Vaccine operations Central Provinces 1868-1885 - 1868-1885
Year: 1868
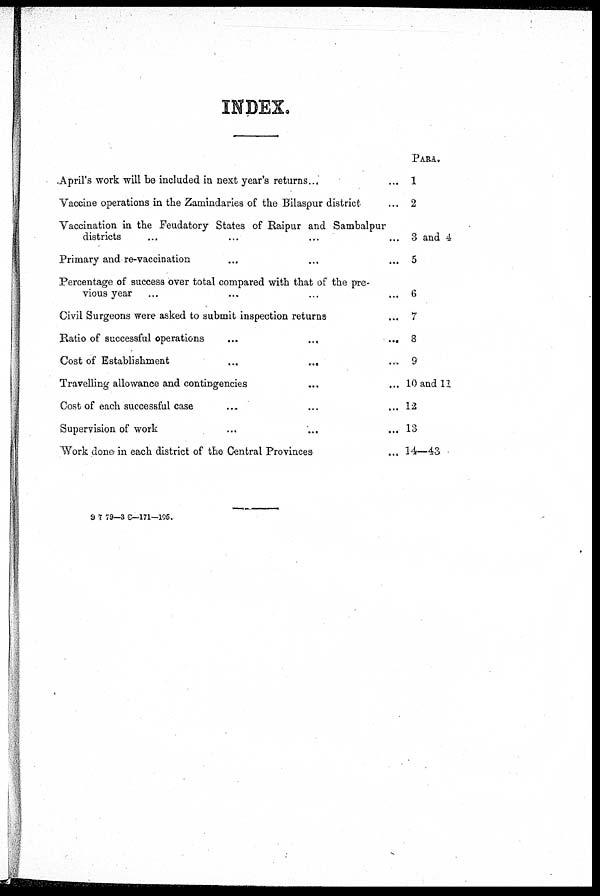
INDEX.
April's work will be included in next year's returns... ...
Vaccine operations in the Zamindaries of the Bilaspur district ...
Vaccination in the Feudatory States of Raipur and Sambalpur
districts ... ... ... ... ...
Primary and re-vaccination ... ... ...
Percentage of success over total compared with that of the pre-
vious year ... ... ... ...
Civil Surgeons were asked to submit inspection returns ...
Ratio of successful operations
...
...
...
...
...
Cost of Establishment
...
...
...
...
...
Travelling allowance and contingencies ... ...
Cost of each successful case
...
...
...
...
Supervision of work
...
...
...
...
Work done in each district of the Central Provinces ...
PARA.
1
2
3 and 4
5
6
7
8
9
10 and 11
12
13
14—43
9 7 79—3 C—171-195.